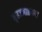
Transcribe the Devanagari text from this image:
बृहज्जातकम